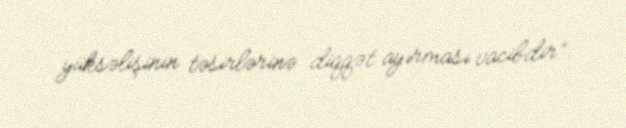
yüksəlişinin təsirlərinə diqqət ayırması vacibdir”.